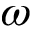
\omega